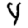
Digit: 4